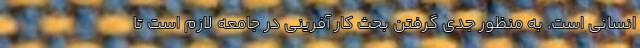
انسانی است. به منظور جدی گرفتن بحث کار آفرینی در جامعه لازم است تا